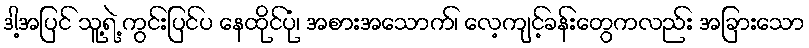
ဒါ့အပြင် သူ့ရဲ့ ကွင်းပြင်ပ နေထိုင်ပုံ၊ အစားအသောက်၊ လေ့ကျင့်ခန်းတွေကလည်း အခြားသော